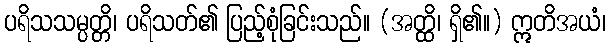
ပရိသသမ္ပတ္တိ၊ ပရိသတ်၏ ပြည့်စုံခြင်းသည်။ (အတ္ထိ၊ ရှိ၏။) ဣတိအယံ၊